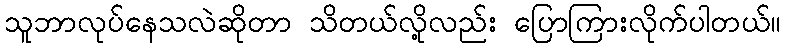
သူဘာလုပ်နေသလဲဆိုတာ သိတယ်လို့လည်း ပြောကြားလိုက်ပါတယ်။